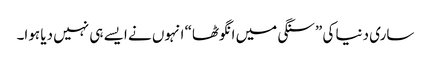
ساری دنیا کی ”سنگی میں انگوٹھا“ انہوں نے ایسے ہی نہیں دیا ہوا۔